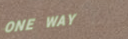
ONE WAY